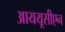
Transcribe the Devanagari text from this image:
आययूसीएन